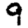
Digit: 9